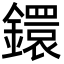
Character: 鐶